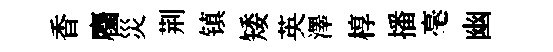
香麕災荆镇矮英澤椁播毫幽